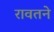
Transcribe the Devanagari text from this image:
रावतने